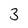
Character: 3